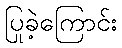
ပြုခဲ့ကြောင်း